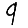
Digit: 9